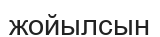
жойылсын